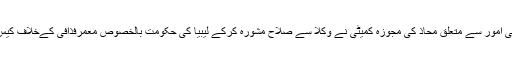
ابنا: سید محمد حسین صدر نے ہمارے نمائندے کو انٹرویو دیتے ہوئے کہا کہ قانونی امور سے متعلق محاذ کی مجوزہ کمیٹی نے وکلا سے صلاح مشورہ کرکے لیبیا کی حکومت بالخصوص معمرفذافی کےخلاف کیس تیار کیا ہے اور اس میں لیبیا کے ڈکٹیٹر قذافی پرمقدمہ چلانے کا مطالبہ کیا ہے۔